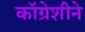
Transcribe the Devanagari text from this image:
कॉग्रेशीने